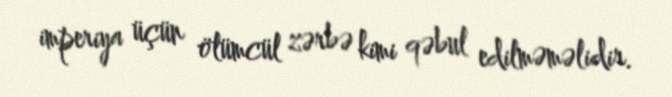
imperiya üçün ölümcül zərbə kimi qəbul edilməməlidir.